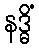
နဒ္ဓိံ